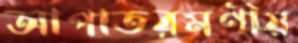
আপাতরমণীয়